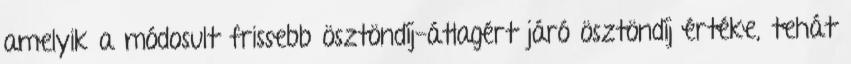
amelyik a módosult frissebb ösztöndíj-átlagért járó ösztöndíj értéke, tehát